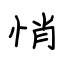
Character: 悄